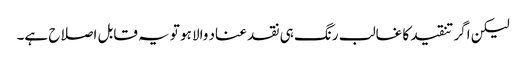
لیکن اگر تنقید کا غالب رنگ ہی نقد عناد والا ہو تو یہ قابل اصلاح ہے۔